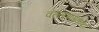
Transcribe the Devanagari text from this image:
वल्लभगडावर